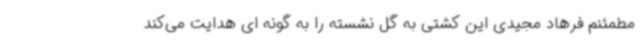
مطمئنم فرهاد مجیدی این کشتی به گل نشسته را به گونه ای هدایت می‌کند